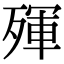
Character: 𣨿